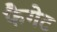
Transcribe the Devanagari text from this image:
फैगेट